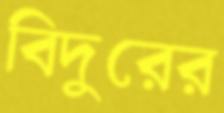
বিদুরের